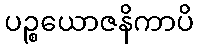
ပဉ္စယောဇနိကာပိ